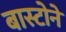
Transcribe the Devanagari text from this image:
बास्टोने